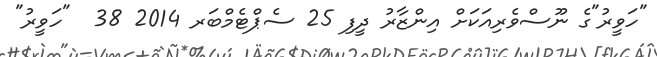
"ހަވީރު"ގެ ނޫސްވެރިއަކަށް އިންޒާރު ދީފި 25 ސެޕްޓެމްބަރ 2014 38  "ހަވީރު"